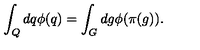
\int _ { Q } d q \phi ( q ) = \int _ { G } d g \phi ( \pi ( g ) ) .